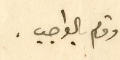
وقام بالواجب،